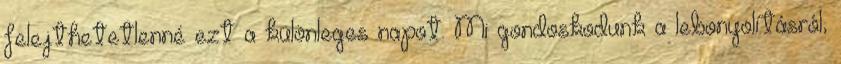
felejthetetlenné ezt a különleges napot. Mi gondoskodunk a lebonyolításról,